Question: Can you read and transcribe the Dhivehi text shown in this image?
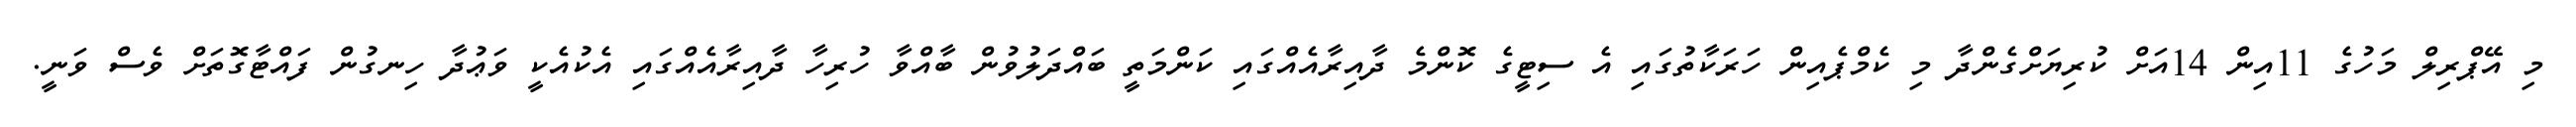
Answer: މި އޭޕްރިލް މަހުގެ 11އިން 14އަށް ކުރިޔަށްގެންދާ މި ކެމްޕެއިން ހަރަކާތުގައި އެ ސިޓީގެ ކޮންމެ ދާއިރާއެއްގައި ކަންމަތީ ބައްދަލުވުން ބާއްވާ ހުރިހާ ދާއިރާއެއްގައި އެކުއެކީ ވަޢުދާ ހިނގުން ފައްޓާގޮތަށް ވެސް ވަނީ.